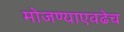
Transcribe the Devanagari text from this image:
मोजण्याएवढेच